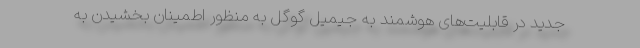
جدید در قابلیت‌های هوشمند به جیمیل گوگل به منظور اطمینان بخشیدن به